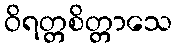
ဝိရတ္တစိတ္တာသေ